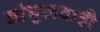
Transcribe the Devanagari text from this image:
जांभुळवाडी